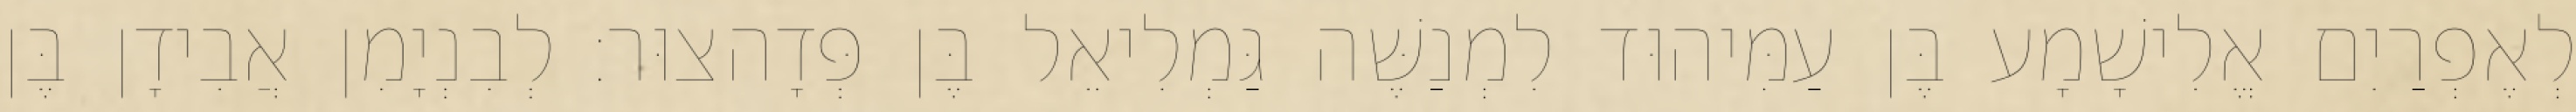
לְאֶפְרַיִם אֱלִישָׁמָע בֶּן עַמִּיהוּד לִמְנַשֶּׁה גַּמְלִיאֵל בֶּן פְּדָהצוּר׃ לְבִנְיָמִן אֲבִידָן בֶּן